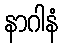
နာဂါနံ